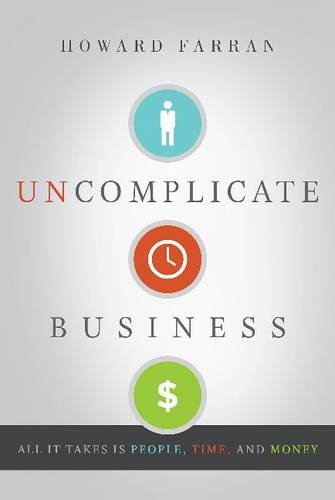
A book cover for Uncomplicate Business: All It Takes Is People, Time, and Money; Howard Farran; Medical Books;